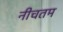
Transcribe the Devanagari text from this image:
नीचतम